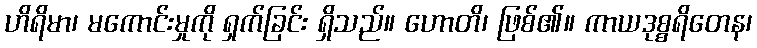
ဟိရိမာ၊ မကောင်းမှုကို ရှက်ခြင်း ရှိသည်။ ဟောတိ၊ ဖြစ်၏။ ကာယဒုစ္စရိတေန၊